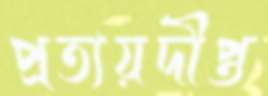
প্রত্যয়দীপ্ত